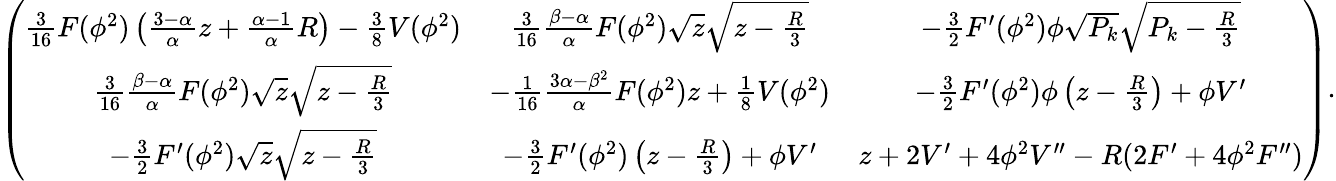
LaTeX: \left(\begin{array}{ccc}{{{\frac{3}{16}}F(\phi^{2})\left({\frac{3-\alpha}{\alpha}}z+{\frac{\alpha-1}{\alpha}}R\right)-{\frac{3}{8}}V(\phi^{2})}}&{{{\frac{3}{16}}{\frac{\beta-\alpha}{\alpha}}F(\phi^{2})\sqrt{z}\sqrt{z-{\frac{R}{3}}}}}&{{-{\frac{3}{2}}F^{\prime}(\phi^{2})\phi\sqrt{P_{k}}\sqrt{P_{k}-{\frac{R}{3}}}}}\\ {{{\frac{3}{16}}{\frac{\beta-\alpha}{\alpha}}F(\phi^{2})\sqrt{z}\sqrt{z-{\frac{R}{3}}}}}&{{-{\frac{1}{16}}{\frac{3\alpha-\beta^{2}}{\alpha}}F(\phi^{2})z+{\frac{1}{8}}V(\phi^{2})}}&{{-{\frac{3}{2}}F^{\prime}(\phi^{2})\phi\left(z-{\frac{R}{3}}\right)+\phi V^{\prime}}}\\ {{-{\frac{3}{2}}F^{\prime}(\phi^{2})\sqrt{z}\sqrt{z-{\frac{R}{3}}}}}&{{-{\frac{3}{2}}F^{\prime}(\phi^{2})\left(z-{\frac{R}{3}}\right)+\phi V^{\prime}}}&{{z+2V^{\prime}+4\phi^{2}V^{\prime\prime}-R(2F^{\prime}+4\phi^{2}F^{\prime\prime})}}\end{array}\right).